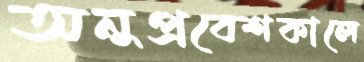
অনুপ্রবেশকালে